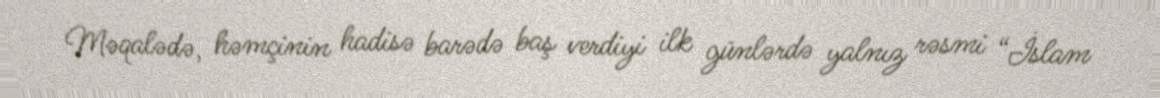
Məqalədə, həmçinin hadisə barədə baş verdiyi ilk günlərdə yalnız rəsmi “İslam